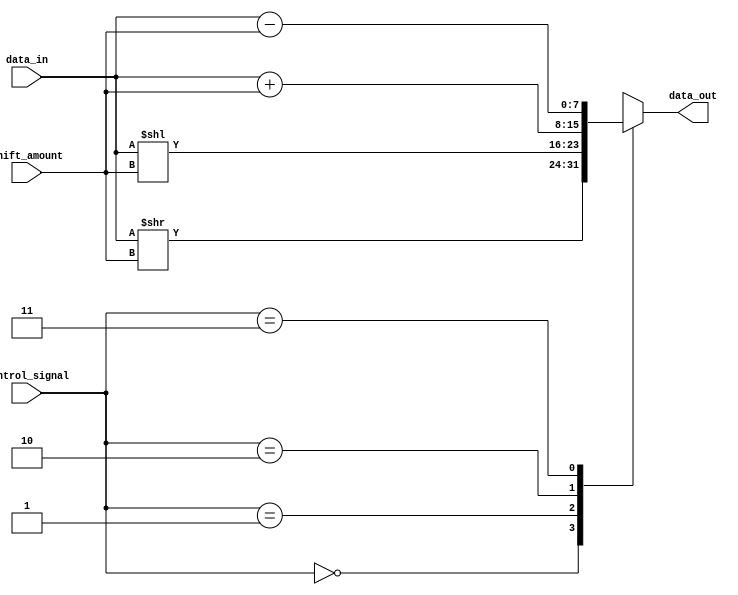
module barrel_shifter(input [7:0] data_in,
                        input [2:0] shift_amount,
                        input [1:0] control_signal,
                        output reg [7:0] data_out);

always @(data_in, shift_amount, control_signal) begin
    case (control_signal)
        2'b00: data_out = data_in >> shift_amount;
        2'b01: data_out = data_in << shift_amount;
        2'b10: data_out = data_in + shift_amount;
        2'b11: data_out = data_in - shift_amount;
    endcase
end

endmodule